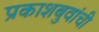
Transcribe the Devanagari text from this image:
प्रकाशबुवांची